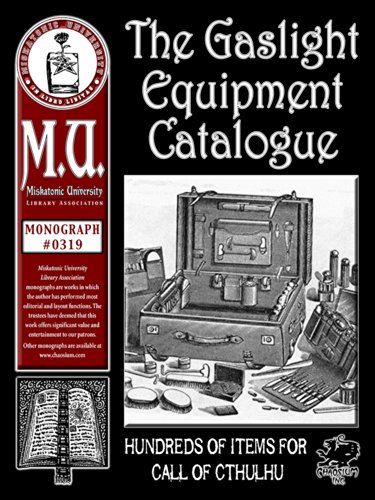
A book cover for Gaslight Equipment Catalogue (M.U. Library Assn. monograph, Call of Cthulhu #0319); R. Basler; Science Fiction & Fantasy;